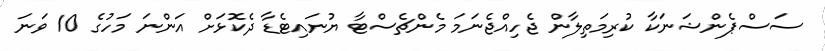
ސަސްޕެންޝަނަކާ ކުރިމަތިލާން ޖެހިއްޖެނަމަ މެންޗެސްޓާ ޔުނައިޓެޑާ ދެކޮޅަށް އަންނަ މަހުގެ 10 ވަނަ